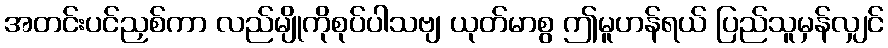
အတင်းပင်ညှစ်ကာ လည်မျိုကိုစုပ်ပါသဗျ ယုတ်မာစွ ဤမူဟန်ရယ် ပြည်သူမှန်လျှင်